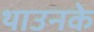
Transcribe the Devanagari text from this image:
थाउनके